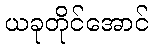
ယခုတိုင်အောင်